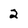
Character: 2